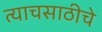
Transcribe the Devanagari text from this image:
त्याचसाठीचे